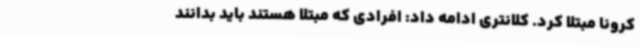
کرونا مبتلا کرد. کلانتری ادامه داد: افرادی که مبتلا هستند باید بدانند